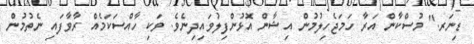
ޑިނަރ." މުސްކާން އަރާ ހަމަޖެހިލުމުން އިޝާން އޮޅުންފިލުވައިދިނެވެ. ވަކި ހާއްސަކަމެއް ރާވާފައި ނެތުމުން